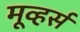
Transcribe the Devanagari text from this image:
मूव्हर्स